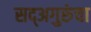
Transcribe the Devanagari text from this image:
सद्‍अगुरुंचा